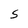
Character: S